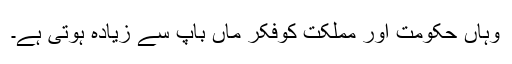
وہاں حکومت اور مملکت کوفکر ماں باپ سے زیادہ ہوتی ہے۔